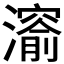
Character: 𤀨